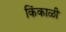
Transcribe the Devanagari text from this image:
किंकाळी